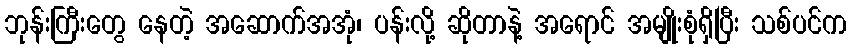
ဘုန်းကြီးတွေ နေတဲ့ အဆောက်အအုံ၊ ပန်းလို့ ဆိုတာနဲ့ အရောင် အမျိုးစုံရှိပြီး သစ်ပင်က